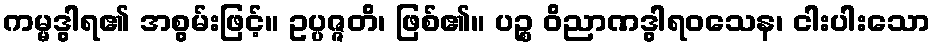
ကမ္မဒွါရ၏ အစွမ်းဖြင့်။ ဥပ္ပဇ္ဇတိ၊ ဖြစ်၏။ ပဉ္စ ဝိညာဏဒွါရဝသေန၊ ငါးပါးသော